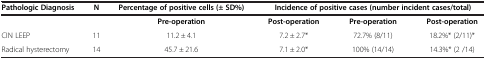
<table><thead><tr><td><b>Pathologic Diagnosis</b></td><td><b>N</b></td><td><b>Percentage of positive cells (± SD%)</b></td><td colspan="3"><b>Incidence of positive cases (number incident cases/total)</b></td></tr></thead><tbody><tr><td> </td><td> </td><td><b>Pre-operation</b></td><td><b>Post-operation</b></td><td><b>Pre-operation</b></td><td><b>Post-operation</b></td></tr><tr><td>CIN LEEP</td><td>11</td><td>11.2 ± 4.1</td><td>7.2 ± 2.7*</td><td>72.7% (8/11)</td><td>18.2%* (2/11)*</td></tr><tr><td>Radical hysterectomy</td><td>14</td><td>45.7 ± 21.6</td><td>7.1 ± 2.0*</td><td>100% (14/14)</td><td>14.3%* (2 /14)</td></tr></tbody></table>